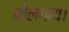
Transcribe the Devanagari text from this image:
नीलगाय।